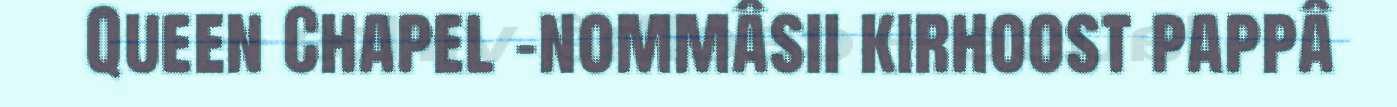
Queen Chapel -nommâsii kirhoost pappâ